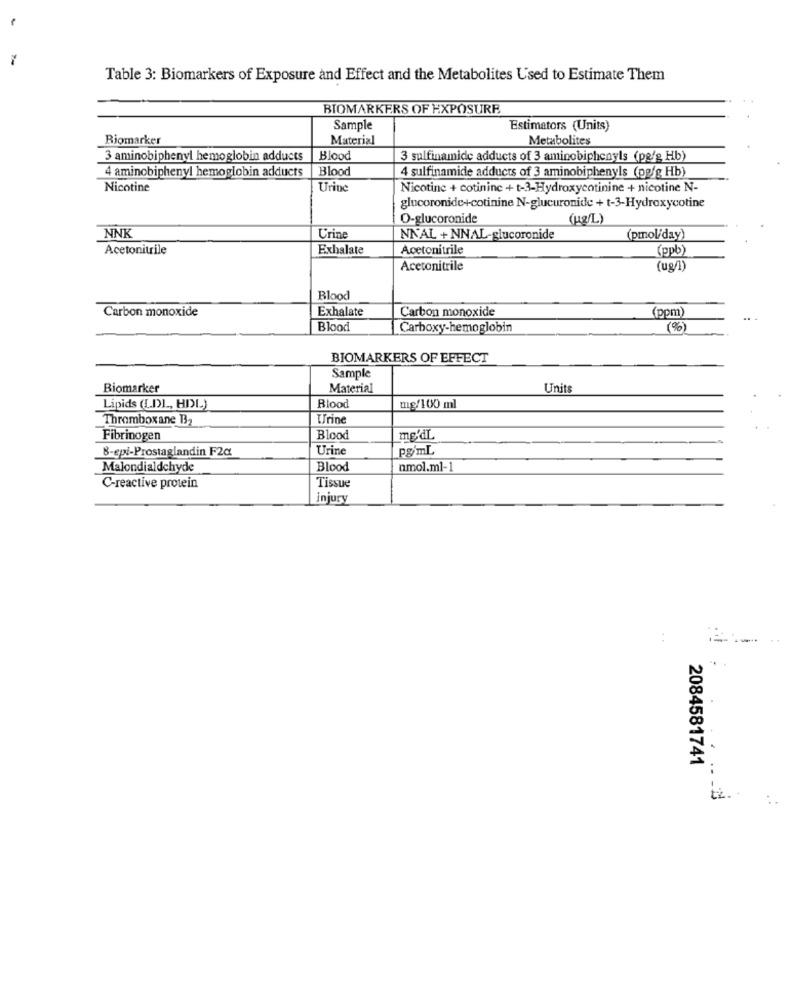
Table 3: Biomarkers of Exposure and Effect and the Metabolites Used to Estimate Them
BIOMARKERS OF EXPOSURE
Sample
Estimators (Units)
Biomarker
Material
Metabolites
3 aminobiphenyl hemoglobin adducts
Blood
3 sulfinamide adducts of 3 aminobiphenyls (pe/g Hb)
4 aminobiphenyl hemoglobin adducts
Blood
4 sulfinamide adducts of 3 aminobiphenyls (pgfg Hb)
Nicotine
Urine
Nicotine + cotininc + t-3-Hydroxycotinine + nicotine N-
glucoronide+cotinine N-glucuronide + t-3-Hydroxycotine
O-glucoronide
(URL)
NNK
Crine
NNAL + NNAL-glucoronide
(pmol/day)
Acetonitrile
Exhalate
Acetonitrile
(ppb)
Acetonitrile
(ug/1)
Blood
Carbon monoxide
Exhalate
Carbon monoxide
(ppm)
Blood
Carboxy-hemoglobin
(%)
BIOMARKERS OF EFFECT
Sample
Biomarker
Material
Units
Lipids (LDL ., HDL)
Blood
mg/100 ml
Thromboxane B2
Urine
Fibrinogen
Blood
me'dL
8-epi-Prostaglandin F2c
Urine
pgmL
Malondialdchyde
Blood
nmol.ml-1
C-reactive protein
Tissue
Injury
:
2084581741